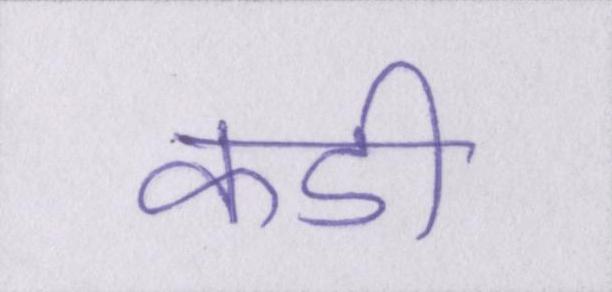
कडी